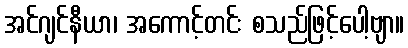
အင်ဂျင်နီယာ၊ အကောင့်တင်း စသည်ဖြင့်ပေါ့ဗျာ။